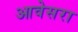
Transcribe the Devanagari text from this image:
आवेसरा